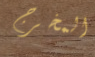
المخرج